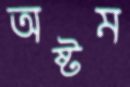
অষ্টম